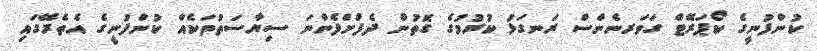
ކުންފުނީގެ ކޯޕަރޭޓް ގަވަރނެންސް ރަނގަޅު ކުރުމުގެ ގޮތުން ދެފުށްފެންނަ ސިޔާސަތުތަކެއް ކުންފުނީގެ އެތެރޭގައި